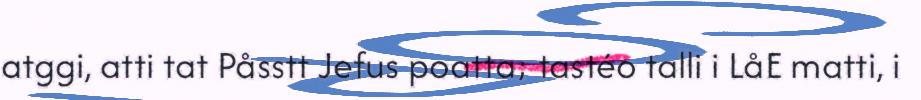
atggi, atti tat Påsstt Jefus poatta; tastéo talli i LåE matti, i